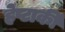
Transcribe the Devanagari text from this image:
हेप्टार्की